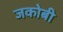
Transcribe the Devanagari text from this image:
जकोबी